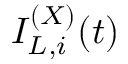
I _ { L , i } ^ { ( X ) } ( t )